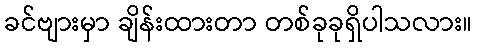
ခင်ဗျားမှာ ချိန်းထားတာ တစ်ခုခုရှိပါသလား။